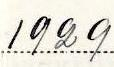
1929